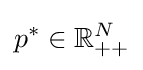
p^{*}\in \mathbb {R} _{++}^{N}